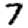
Digit: 7